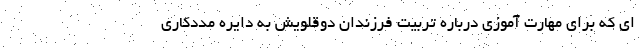
ای که برای مهارت آموزی درباره تربیت فرزندان دوقلویش به دایره مددکاری